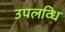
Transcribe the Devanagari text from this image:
उपलव्धि